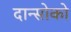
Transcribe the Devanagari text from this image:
दान्सोको